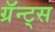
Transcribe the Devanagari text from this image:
ग्रॅन्ट्स